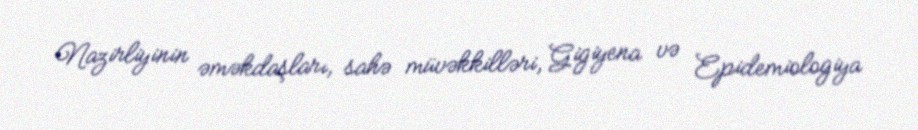
Nazirliyinin əməkdaşları, sahə müvəkkilləri, Gigiyena və Epidemiologiya